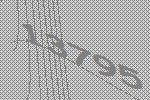
13795